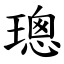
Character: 璁